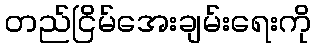
တည်ငြိမ်အေးချမ်းရေးကို